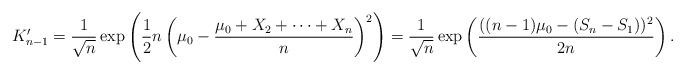
LaTeX: \begin{align*} K_{n-1}' = \frac{1}{\sqrt{n}} \exp\left( \frac{1}{2}n \left(\mu_0 - \frac{\mu_0 + X_2 + \dots + X_n}{n} \right)^2 \right) = \frac{1}{\sqrt{n}} \exp\left( \frac{((n-1)\mu_0 - (S_n - S_1))^2}{2n} \right).\end{align*}